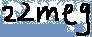
Text: 22meg